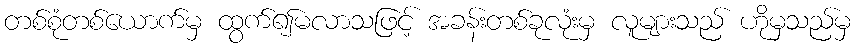
တစ်စုံတစ်ယောက်မှ ထွက်၍မလာသဖြင့် အခန်းတစ်ခုလုံးမှ လူများသည် ဟိုမှသည်မှ